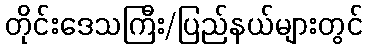
တိုင်းဒေသကြီး/ပြည်နယ်များတွင်